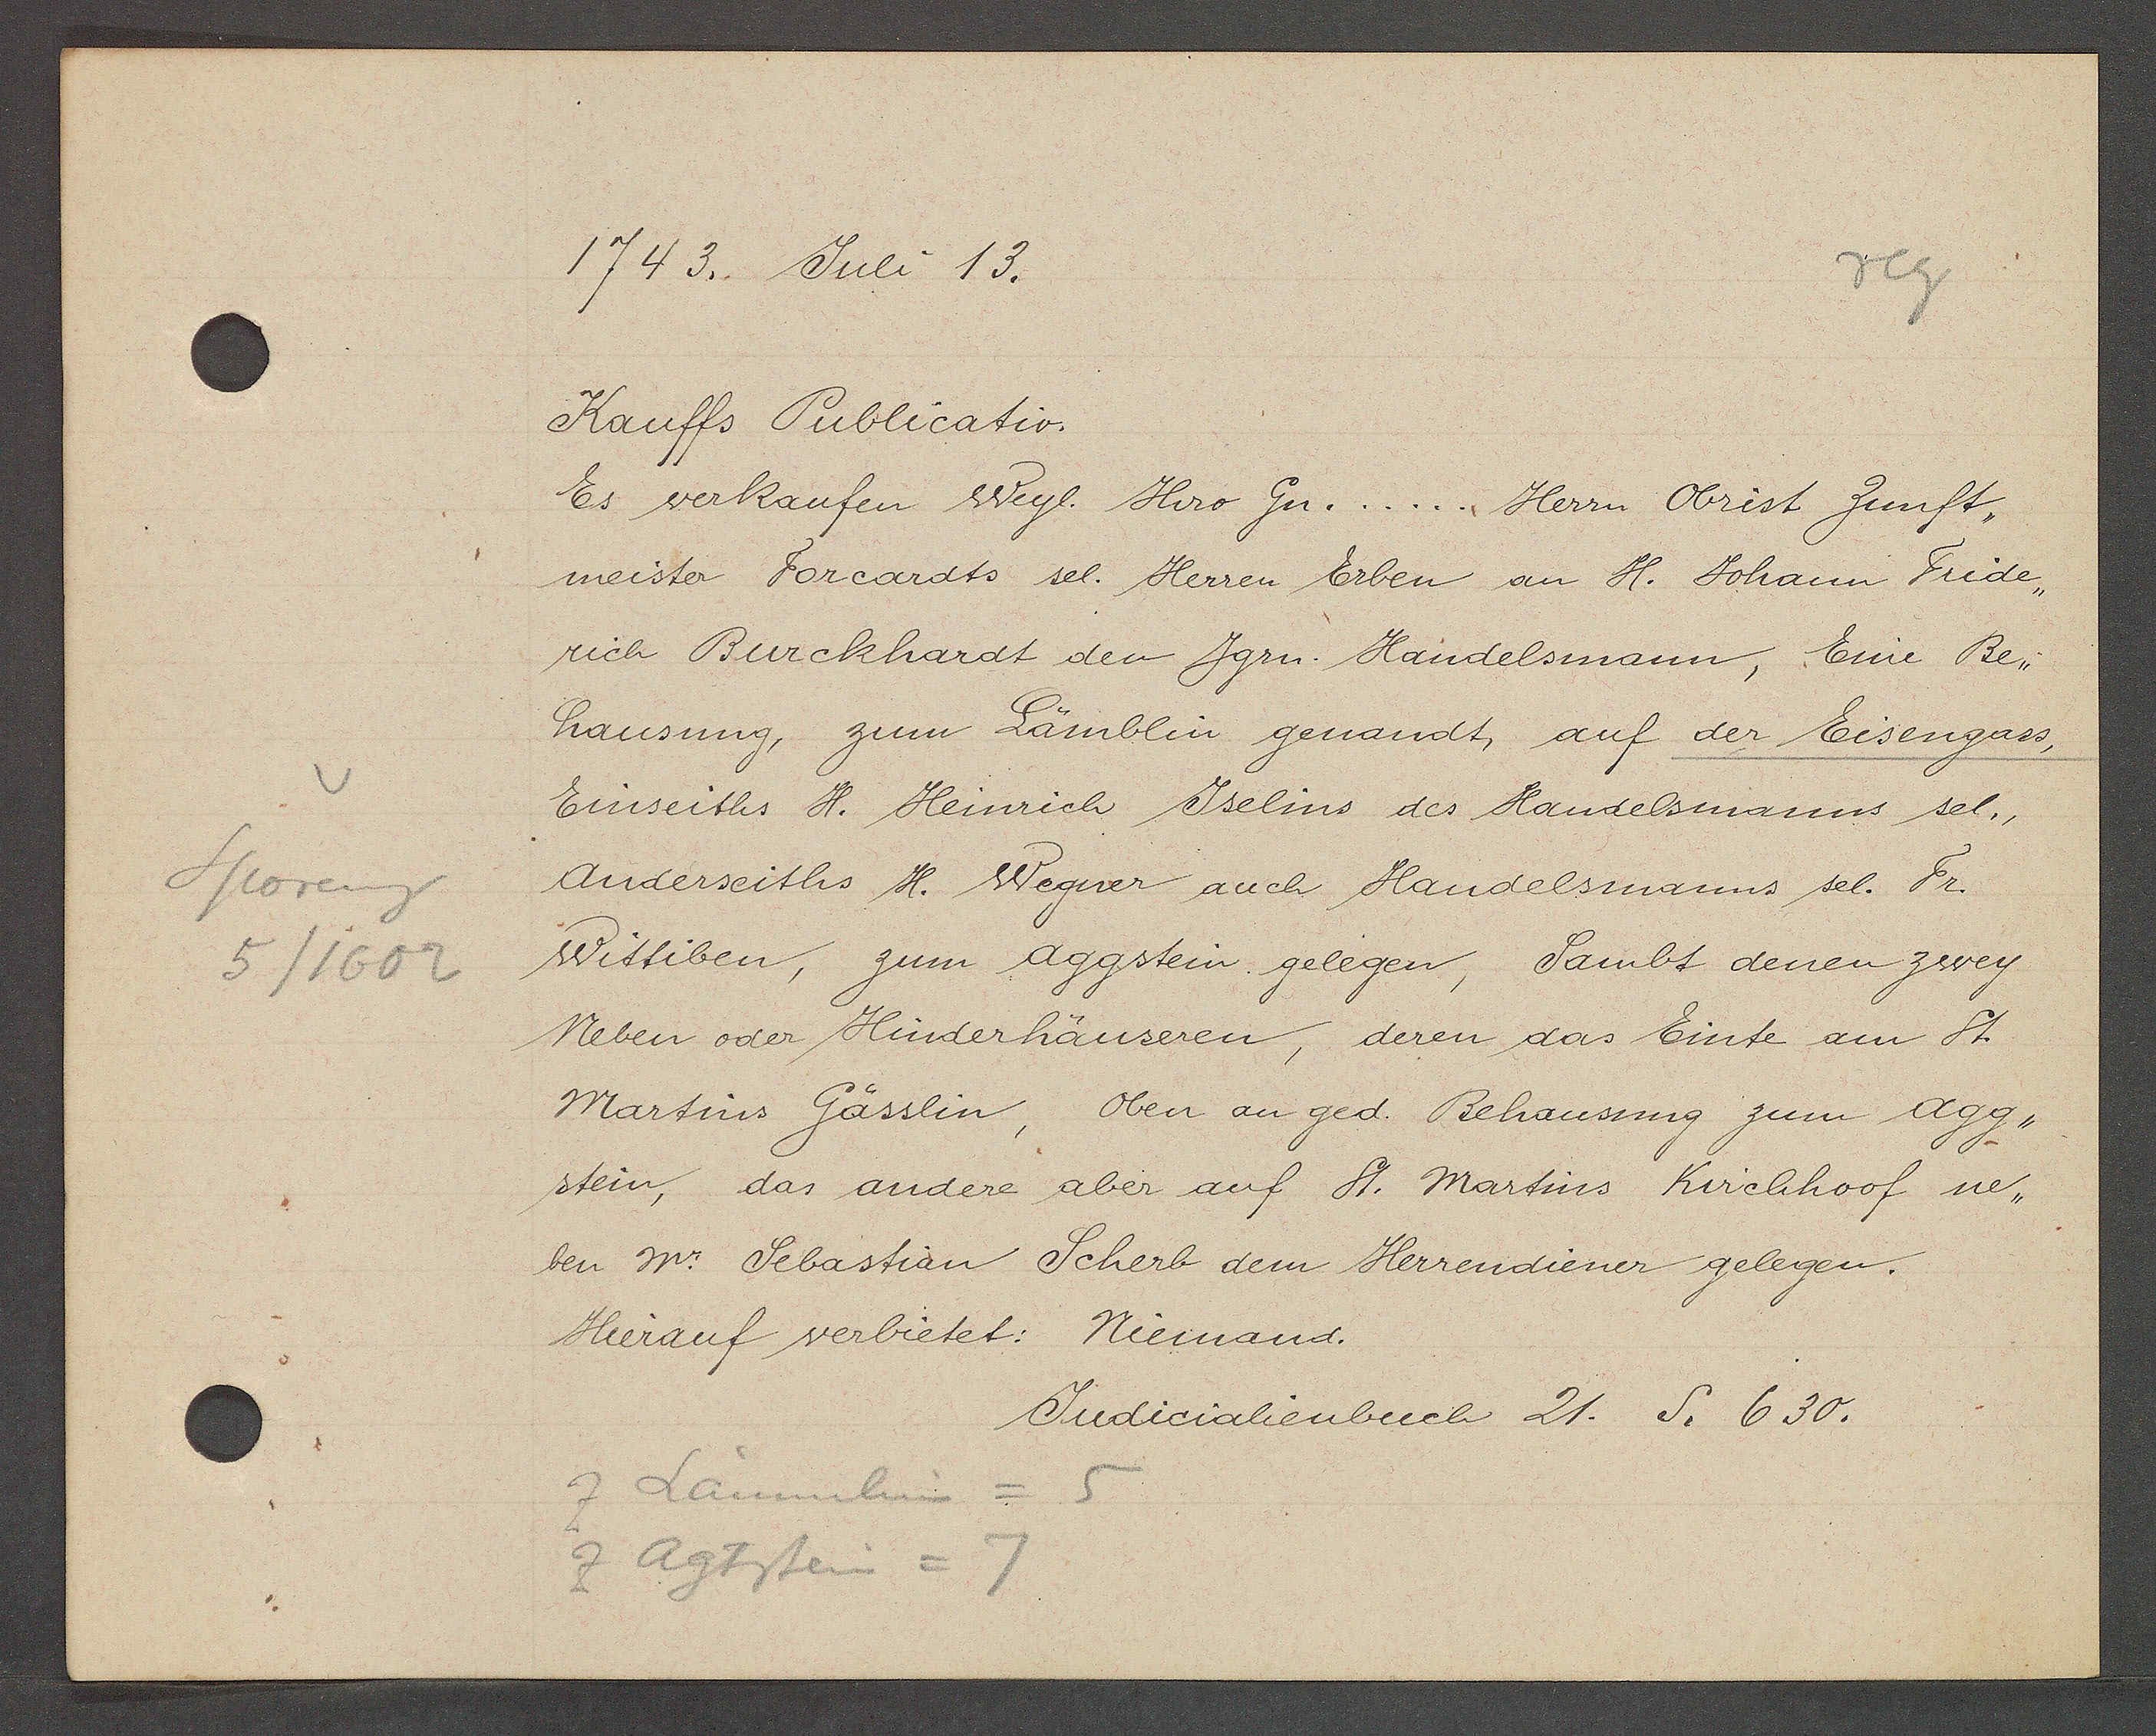
Transcript:
Sporeng
5/1602

1743. Juli 13.

Kauffs Publicatio.
Es verkaufen Weyl. Hiro Gu... Herrn Obrist Zunft¬
meister Forcardts sel. Herren Erben an H. Johann Fride¬
rich Burckhardt den Jgru. Handelsmann, Eine Be-
hausung, zum Lämblin genandt, auf der Eisengass,
Einseiths H. Heinrich Jselins des Handelsmanns sel.,
Anderseiths H. Wegner auch Handelsmanns sel. Fr.
Wittiben, zum aggstein gelegen, Sambt denen zwey
Neben oder Hinderhäuseren, deren das Einte am St.
Martins Gässlin, oben an ged. Behausung zum agg¬
stein, das andere aber auf St. Martins Kirchhoof ne¬
ben Mr. Sebastian Scherb dem Herrendiener gelegen.
Hierauf verbietet: Niemand.

Z Lämmlein = 5
7 Agstein = 7

Judicialienbuch 21. S. 630.